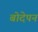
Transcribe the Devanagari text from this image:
बोदेपन